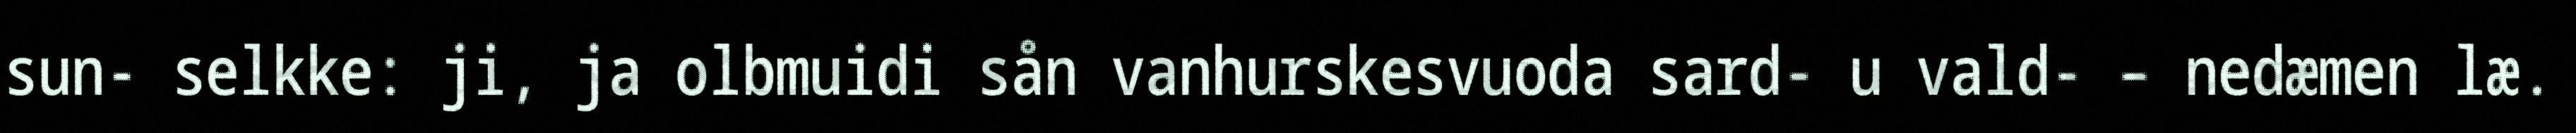
sun- selkke: ji, ja olbmuidi sån vanhurskesvuoda sard- u vald- – nedæmen læ.